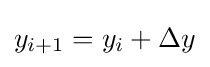
\textstyle y_{i+1}=y_{i}+\Delta y